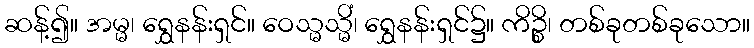
ဆန့်၍။ အမ္မ၊ ရွှေနန်းရှင်။ ဝေသ္မသ္မိံ၊ ရွှေနန်းရှင်၌။ ကိဉ္စိ၊ တစ်ခုတစ်ခုသော။